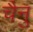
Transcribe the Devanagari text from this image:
चैनु